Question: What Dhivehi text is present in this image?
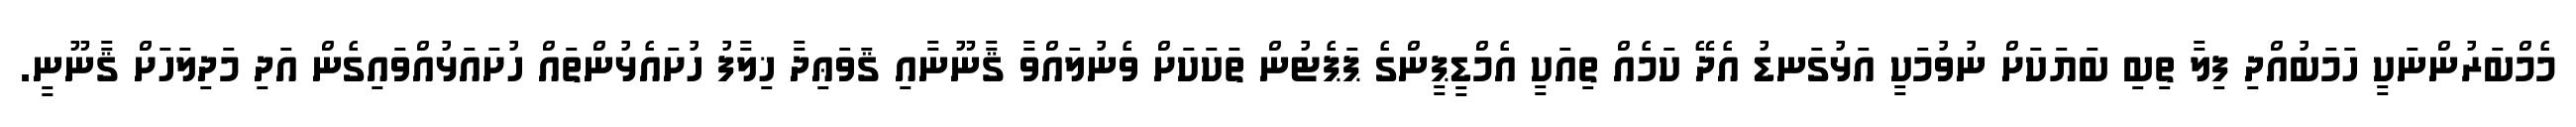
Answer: މެމްބަރުންނަކީ ހަމަބުއްދި ފިލާ ތިބި ބަޔަކަށް ނުވުމަކީ އަޅުގަނޑު އެދޭ ކަމެއް ތިއަކީ އެމްޑީޕީންގެ ޕަޕެޓުން ތަކަކަށް ވެނުލައްވާ ޤާނޫނާއި ޤަވަޢިދާ ޚިލާފު ހުށައެޅުންތައް ހުށައަޅުއްވައިގެން އަދި މަދިލަހަށް ޤާނޫނީ.